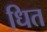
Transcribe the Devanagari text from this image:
धित